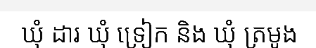
ឃុំ ដារ ឃុំ ទ្រៀក និង ឃុំ ត្រមូង